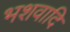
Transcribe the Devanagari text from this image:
भशवादि